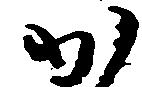
か